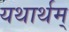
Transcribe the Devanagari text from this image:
यथार्थम्